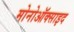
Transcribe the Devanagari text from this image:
मोनोऑक्साइद